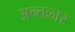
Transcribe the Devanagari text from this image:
अन्तःनर